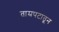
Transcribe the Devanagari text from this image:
ताम्रपटातून